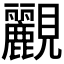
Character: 䚕